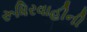
રૂધિરવાહીની